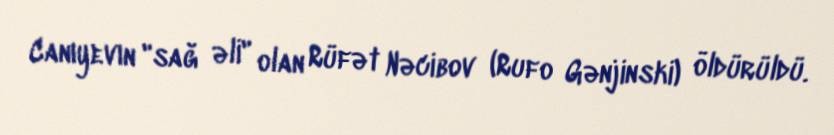
Canıyevın "sağ əli" olan Rüfət Nəcibov (Rufo Gənjinski) öldürüldü.